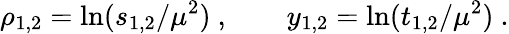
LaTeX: \rho_{1,2}=\ln(s_{1,2}/\mu^{2})~,\qquad y_{1,2}=\ln(t_{1,2}/\mu^{2})~.